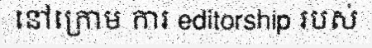
នៅក្រោម ការ editorship របស់